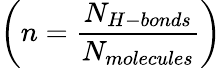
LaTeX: \left(n=\frac{N_{H-bonds}}{N_{molecules}}\right)